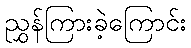
ညွှန်ကြားခဲ့ကြောင်း